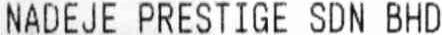
NADEJE PRESTIGE SDN BHD